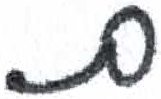
אות: ם